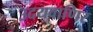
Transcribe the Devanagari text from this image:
उदयवाणिर